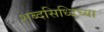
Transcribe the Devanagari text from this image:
शब्दसिध्दिच्या